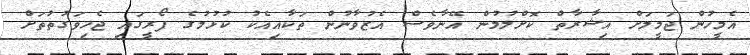
އެމީހުން ޖަމީލަށް އިޝާރާތް ކޮށްލުމުން އޭނާވެސް އެޒުވާނުން ތަކާއިއެކު ކުޅުމުގެ ފޯރީގައި ޖެހިވަގުތުތަށް